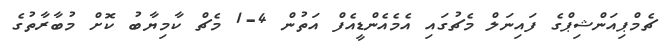
ޗެމްޕިއަންޝިޕްގެ ފައިނަލް މެޗުގައި އެމެއެންޑީއެފް އަތުން 4-1 މެޗް ކާމިޔާބު ކޮށް މުބާރާތުގެ